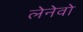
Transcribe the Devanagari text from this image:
लेनेवो